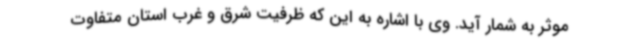
موثر به شمار آید. وی با اشاره به این که ظرفیت شرق و غرب استان متفاوت